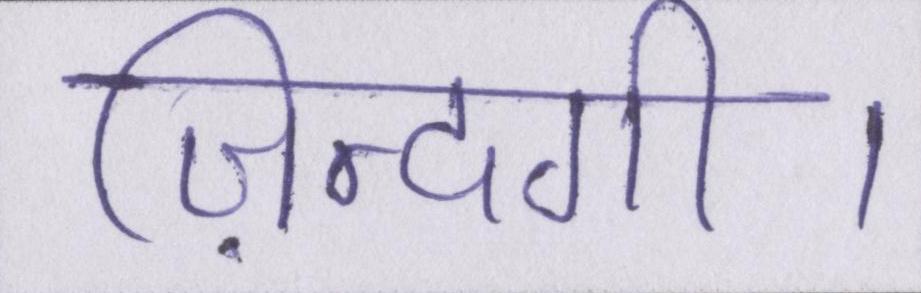
ज़िन्दगी।